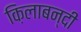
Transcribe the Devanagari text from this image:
क़िलाबन्दी